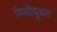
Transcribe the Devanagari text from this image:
स्पिरीचुअल